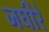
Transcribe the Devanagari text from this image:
जघीरे